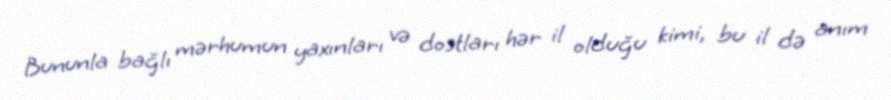
Bununla bağlı mərhumun yaxınları və dostları hər il olduğu kimi, bu il də anım